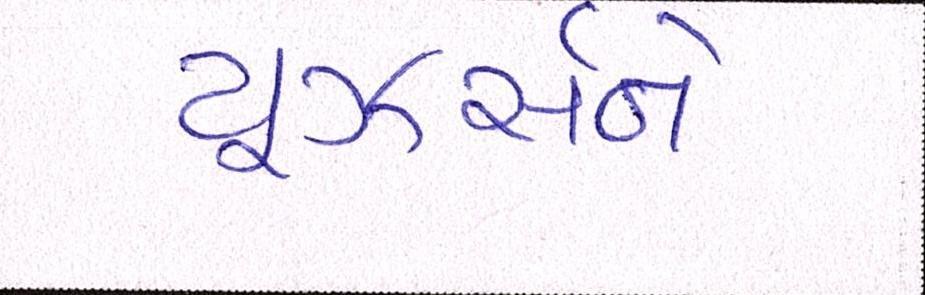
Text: યૂઝર્સને